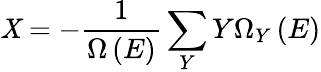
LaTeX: \mathit{X}=-{\frac{{1}}{{\Omega\left(E\right)}}}\sum_{Y}Y\Omega_{Y}\left(E\right)